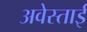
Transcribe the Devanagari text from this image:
अवेस्ताई